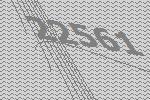
22561